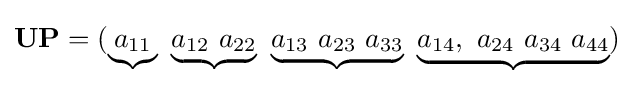
\mathbf {UP} =(\underbrace {a_{11}} \ \underbrace {a_{12}\ a_{22}} \ \underbrace {a_{13}\ a_{23}\ a_{33}} \ \underbrace {a_{14},\ a_{24}\ a_{34}\ a_{44}} )